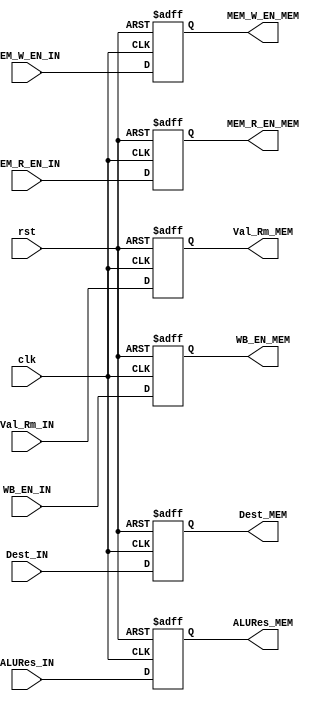
module EXE2MEM_reg(
  input clk, rst,
  input WB_EN_IN, MEM_R_EN_IN, MEM_W_EN_IN,
  input [31:0] ALURes_IN,
  input [31:0] Val_Rm_IN,
  input [3:0] Dest_IN,
  output reg[31:0] ALURes_MEM, Val_Rm_MEM,
  output reg[3:0] Dest_MEM,
  output reg MEM_R_EN_MEM, WB_EN_MEM, MEM_W_EN_MEM
);

    always@(posedge clk, posedge rst) begin
        if(rst) begin
            ALURes_MEM <= 32'b0;
            Val_Rm_MEM <= 32'b0;
            Dest_MEM <= 5'b0;
            MEM_R_EN_MEM <=1'b0;
            WB_EN_MEM <= 1'b0;
            MEM_W_EN_MEM <= 1'b0;
        end else begin
          ALURes_MEM <= ALURes_IN;
          Val_Rm_MEM <= Val_Rm_IN;
          Dest_MEM <= Dest_IN;
          MEM_R_EN_MEM <=MEM_R_EN_IN;
          WB_EN_MEM <= WB_EN_IN;
          MEM_W_EN_MEM <= MEM_W_EN_IN;
        end
    end

endmodule